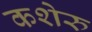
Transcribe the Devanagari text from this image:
कशेरु